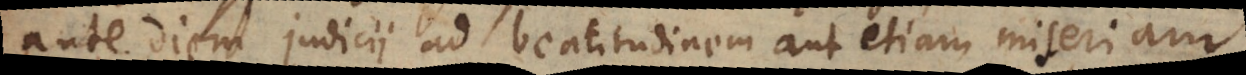
ante diem judicii ad beatitudinem aut etiam miseriam